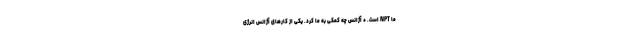
ما NPT است. * آژانس چه کمکی به ما کرد. یکی از کارهای آژانس انرژی